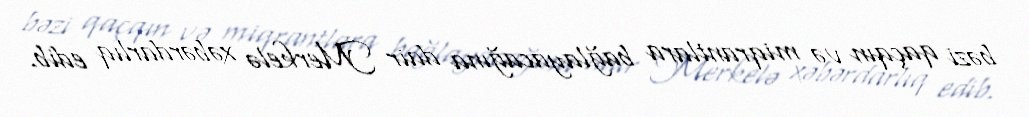
bəzi qaçqın və miqrantlara bağlayacağına dair Merkelə xəbərdarlıq edib.